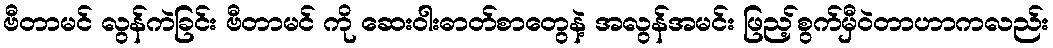
ဗီတာမင် လွန်ကဲခြင်း ဗီတာမင် ကို ဆေးဝါးဓာတ်စာတွေနဲ့ အလွန်အမင်း ဖြည့်စွက်မှီဝဲတာဟာကလည်း